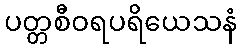
ပတ္တစီဝရပရိယေသနံ